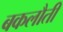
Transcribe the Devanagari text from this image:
बकलौती